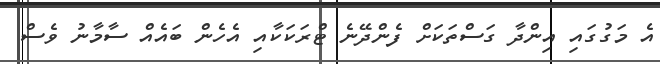
އެ މަގުގައި އިންދާ ގަސްތަކަށް ފެންދޭނެ ޓްރަކަކާއި އެހެން ބައެއް ސާމާނު ވެސް